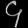
Digit: ၄